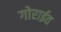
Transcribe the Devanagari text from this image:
गोराईत